Scottish Leaving Certificate Examination, 1959
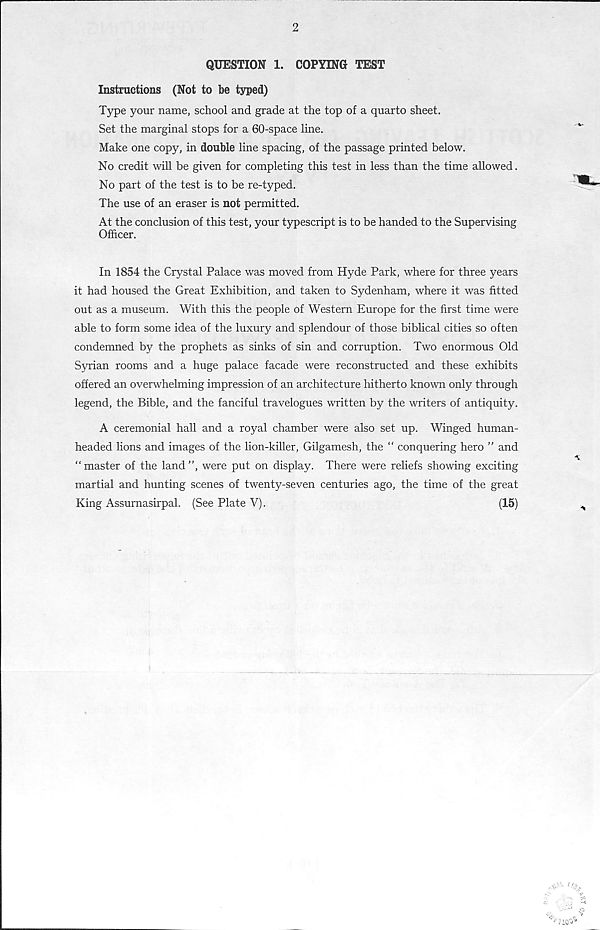
2
QUESTION 1. COPYING TEST
Instructions (Not to be typed)
Type your name, school and grade at the top of a quarto sheet.
Set the marginal stops for a 60-space line.
Make one copy, in double line spacing, of the passage printed below.
No credit will be given for completing this test in less than the time allowed.
No part of the test is to be re-typed.
The use of an eraser is not permitted.
At the conclusion of this test, your typescript is to be handed to the Supervising
Officer.
In 1854 the Crystal Palace was moved from Hyde Park, where for three years
it had housed the Great Exhibition, and taken to Sydenham, where it was fitted
out as a museum. With this the people of Western Europe for the first time were
able to form some idea of the luxury and splendour of those biblical cities so often
condemned by the prophets as sinks of sin and corruption. Two enormous Old
Syrian rooms and a huge palace facade were reconstructed and these exhibits
offered an overwhelming impression of an architecture hitherto known only through
legend, the Bible, and the fanciful travelogues written by the writers of antiquity.
A ceremonial hall and a royal chamber were also set up. Winged human-
headed lions and images of the lion-killer, Gilgamesh, the “ conquering hero ” and
“master of the land”, were put on display. There were reliefs showing exciting
martial and hunting scenes of twenty-seven centuries ago, the time of the great
King Assurnasirpal. (See Plate V).
(15)